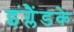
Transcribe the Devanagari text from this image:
इंग्लैंडके